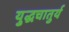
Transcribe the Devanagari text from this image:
यु्द्धचातुर्य